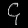
Digit: ၄